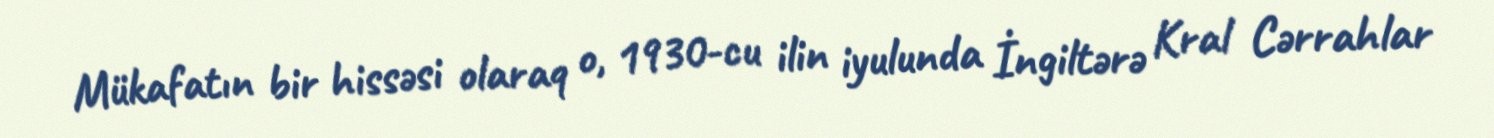
Mükafatın bir hissəsi olaraq o, 1930-cu ilin iyulunda İngiltərə Kral Cərrahlar